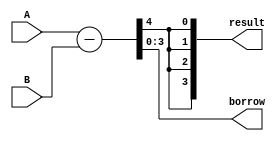
module subtractor(input [3:0] A, B, output [3:0] result, borrow);

assign {result, borrow} = A - B;

endmodule